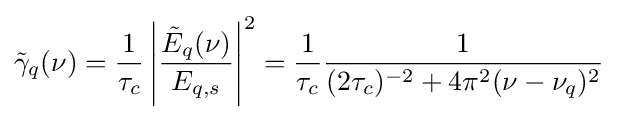
{\tilde {\gamma }}_{q}(\nu )={\frac {1}{\tau _{c}}}\left|{\frac {{\tilde {E}}_{q}(\nu )}{E_{q,s}}}\right|^{2}={\frac {1}{\tau _{c}}}{\frac {1}{(2\tau _{c})^{-2}+4\pi ^{2}(\nu -\nu _{q})^{2}}}